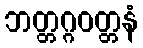
ဘတ္တဂ္ဂဝတ္တနံ